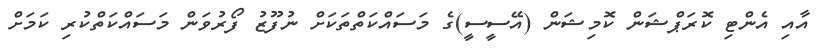
އާއި އެންޓި ކޮރަޕްޝަން ކޮމިޝަން (އޭސީސީ)ގެ މަސައްކަތްތަކަށް ނުފޫޒު ފޯރުވަން މަސައްކަތްކުރި ކަމަށް